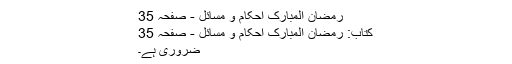
رمضان المبارک احکام و مسائل - صفحہ 35
کتاب: رمضان المبارک احکام و مسائل - صفحہ 35
ضروری ہے۔